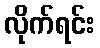
လိုက်ရင်း